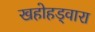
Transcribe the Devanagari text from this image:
खहोहड्वारा